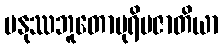
မနုဿဘူတောပုရိမဇာတိယာ